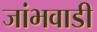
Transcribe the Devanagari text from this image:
जांभवाडी